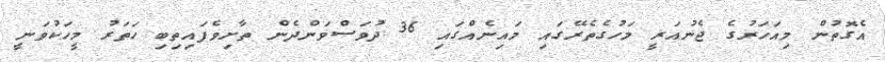
އެގޮތުން މިއަހަރުގެ ޖެނުއަރީ މަހުގެތެރޭގައި މައިނެއްގައި 36 ދުވަސްވަންދެން ތާށިވެފައިތިބި ހަތަރު މީހަކުވަނީ